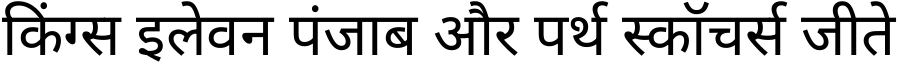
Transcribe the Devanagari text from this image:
किंग्स इलेवन पंजाब और पर्थ स्कॉचर्स जीते